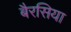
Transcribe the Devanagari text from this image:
बैरसिया